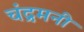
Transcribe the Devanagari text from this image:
चंद्रमनी